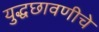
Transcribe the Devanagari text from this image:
युद्धछावणीचे